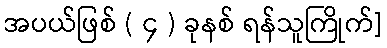
အပယ်ဖြစ် ( ၄ ) ခုနစ် ရန်သူကြိုက်]